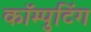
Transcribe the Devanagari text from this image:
कॉम्पुटिंग